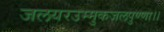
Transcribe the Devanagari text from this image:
जलयरउम्मुकजलपुण्णा।।